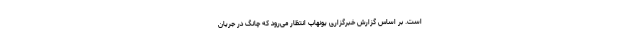
است. بر اساس گزارش خبرگزاری یونهاپ انتظار می‌رود که چانگ در جریان